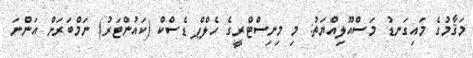
މަޤާމުގެ މައިގަނޑު މަސްއޫލިއްޔަތު: މި މިނިސްޓްރީގެ ހެލްޕް ޑެސްކް (ކައުންޓަރު) ނަމްބަރަށް އަންނަ